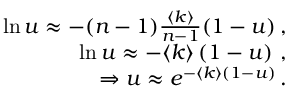
\begin{array} { r } { \ln u \approx - ( n - 1 ) \frac { \langle k \rangle } { n - 1 } ( 1 - u ) \, , } \\ { \ln u \approx - \langle k \rangle \left( 1 - u \right) \, , } \\ { \Rightarrow u \approx e ^ { - \langle k \rangle ( 1 - u ) } \, . } \end{array}